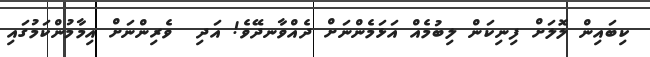
ކިބައިން ލޮލަށް ފިނިކަން ލިބުމެއް އަޅަމެންނަށް ދެއްވާނދޭވެ! އަދި  ވެރިންނަށް އިމާމުންކަމުގައި